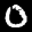
Label: 0